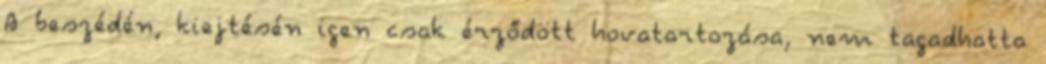
A beszédén, kiejtésén igen csak érződött hovatartozása, nem tagadhatta